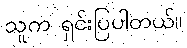
သူက ရှင်းပြပါတယ်။